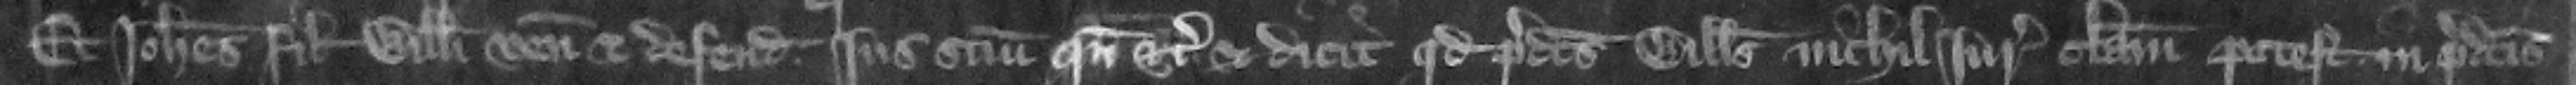
Et Iohannes filius Willelmi venit et defendit ius suum quando etc. et dicit quod predictus Willelmus nichil iuris clamare potest in predictis